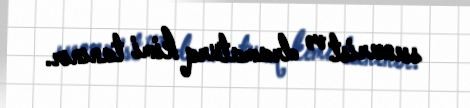
ssenarist və dramaturq kimi tanınır.